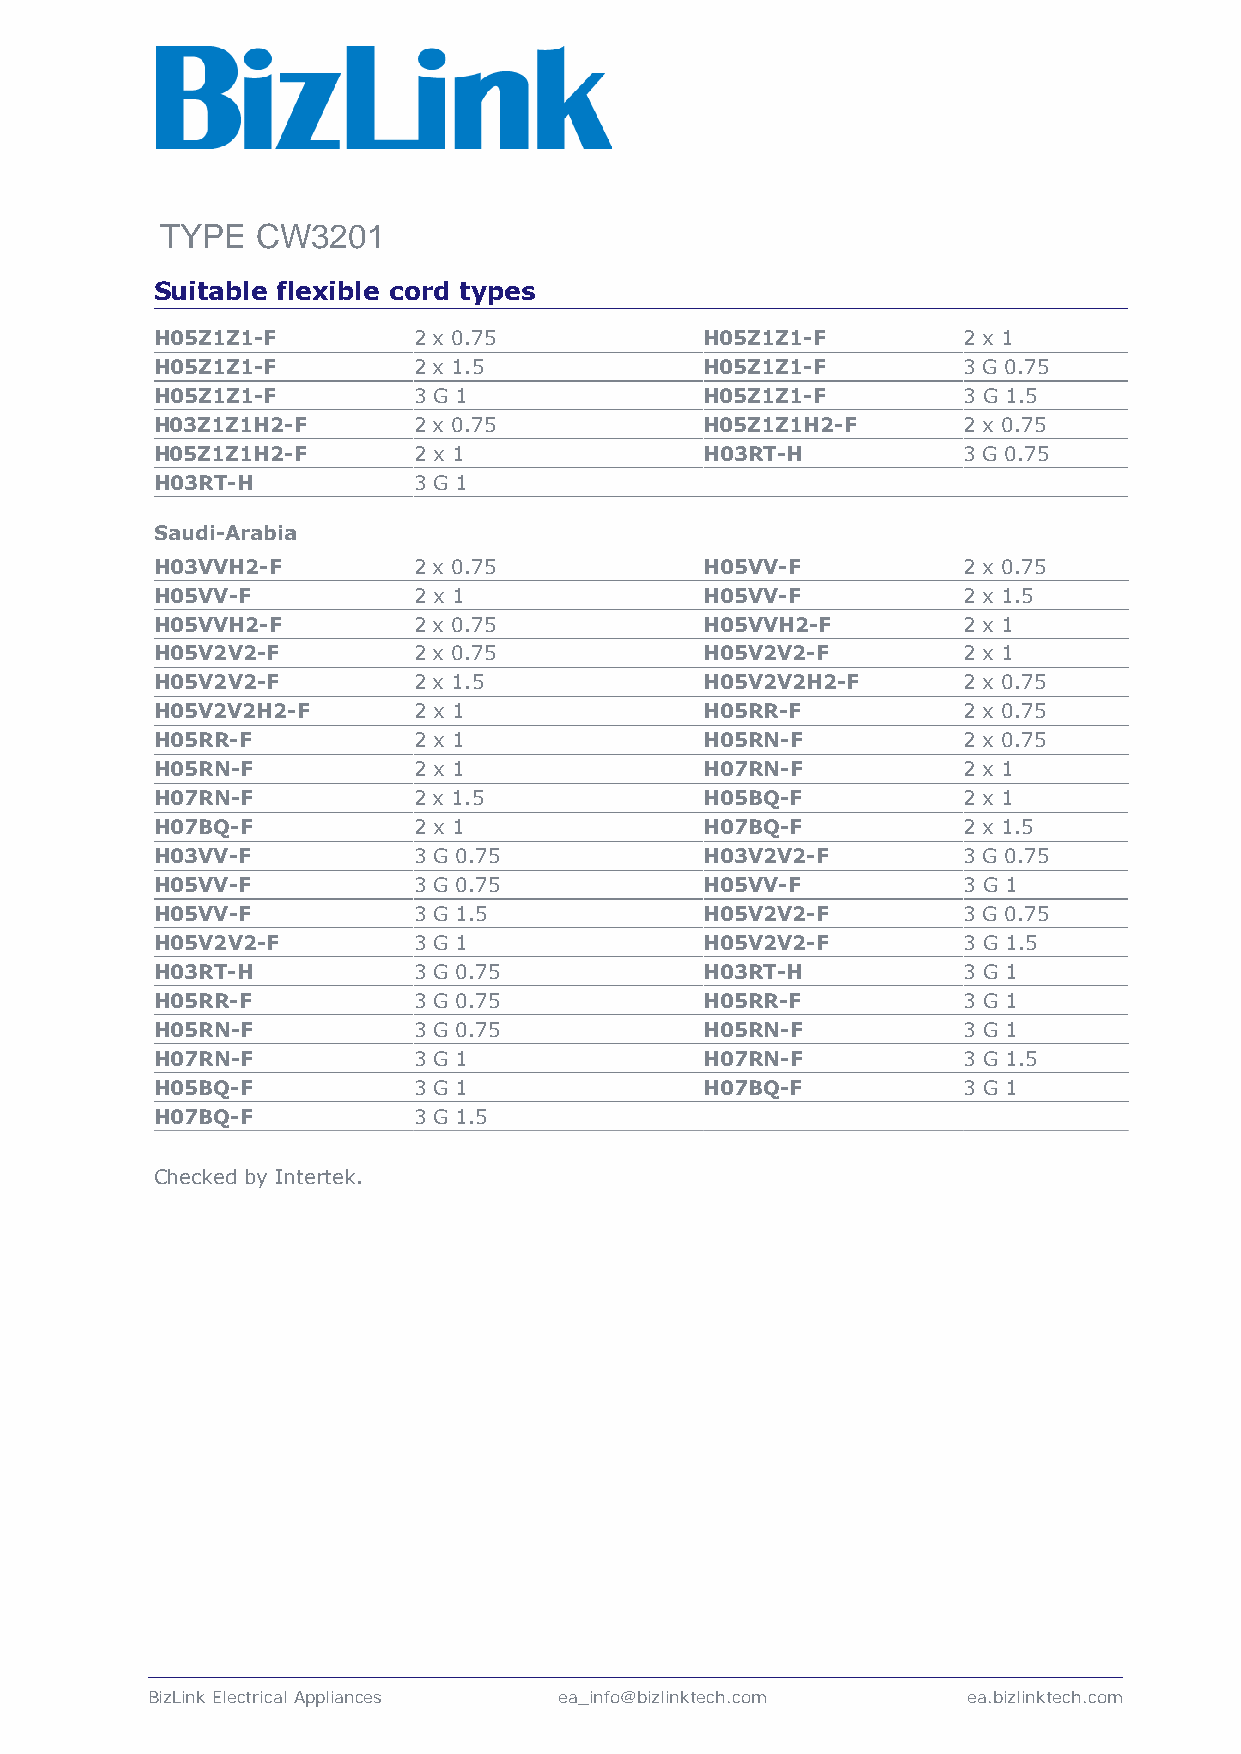
TYPE  CW3201
 Suitable flexible cord types
 H05Z1Z1-F        2 x 0.75            H05Z1Z1-F        2 x 1
 H05Z1Z1-F        2 x 1.5             H05Z1Z1-F        3 G 0.75
 H05Z1Z1-F        3 G 1               H05Z1Z1-F        3 G 1.5
 H03Z1Z1H2-F      2 x 0.75            H05Z1Z1H2-F      2 x 0.75
 H05Z1Z1H2-F      2 x 1               H03RT-H          3 G 0.75
 H03RT-H          3 G 1
 Saudi-Arabia
 H03VVH2-F        2 x 0.75            H05VV-F          2 x 0.75
 H05VV-F          2 x 1               H05VV-F          2 x 1.5
 H05VVH2-F        2 x 0.75            H05VVH2-F        2 x 1
 H05V2V2-F        2 x 0.75            H05V2V2-F        2 x 1
 H05V2V2-F        2 x 1.5             H05V2V2H2-F      2 x 0.75
 H05V2V2H2-F      2 x 1               H05RR-F          2 x 0.75
 H05RR-F          2 x 1               H05RN-F          2 x 0.75
 H05RN-F          2 x 1               H07RN-F          2 x 1
 H07RN-F          2 x 1.5             H05BQ-F          2 x 1
 H07BQ-F          2 x 1               H07BQ-F          2 x 1.5
 H03VV-F          3 G 0.75            H03V2V2-F        3 G 0.75
 H05VV-F          3 G 0.75            H05VV-F          3 G 1
 H05VV-F          3 G 1.5             H05V2V2-F        3 G 0.75
 H05V2V2-F        3 G 1               H05V2V2-F        3 G 1.5
 H03RT-H          3 G 0.75            H03RT-H          3 G 1
 H05RR-F          3 G 0.75            H05RR-F          3 G 1
 H05RN-F          3 G 0.75            H05RN-F          3 G 1
 H07RN-F          3 G 1               H07RN-F          3 G 1.5
 H05BQ-F          3 G 1               H07BQ-F          3 G 1
 H07BQ-F          3 G 1.5
 Checked by Intertek.
 BizLink Electrical Appliances ea_info@bizlinktech.com ea.bizlinktech.com